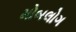
મોબલોગ